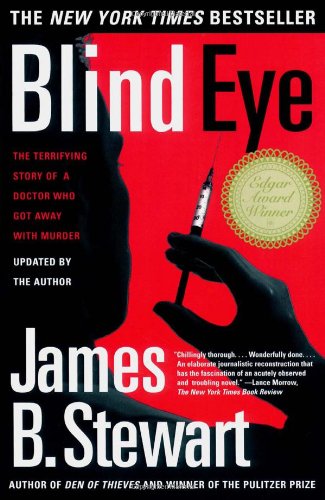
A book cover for Blind Eye: The Terrifying Story Of A Doctor Who Got Away With Murder; James B. Stewart; Medical Books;